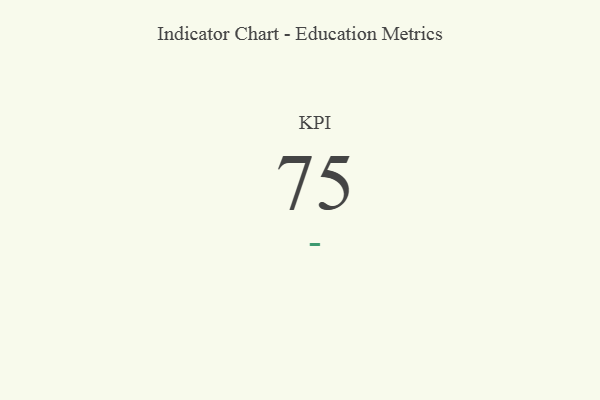
{"axis": {"x": "KPI", "y": "Value"}, "legend": [""], "data": [{"x": "KPI", "y": 75, "type": ""}]}